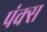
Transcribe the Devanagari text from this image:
पंक्स